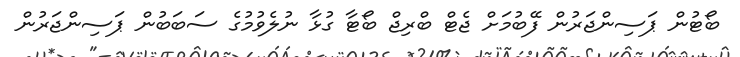
ބޯޓުން ޕަސިންޖަރުން ފޭބުމަށް ޖެޓް ބްރިޖް ބޯޓާ ގުޅާ ނުލެވުމުގެ ސަބަބުން ޕަސިންޖަރުން